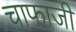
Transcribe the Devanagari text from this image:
चाफाजी